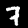
Label: 7